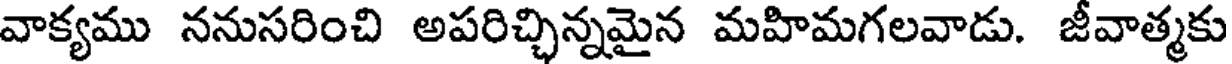
వాక్యము ననుసరించి అపరిచ్చిన్నమైన మహిమగలవాడు. జీవాత్మకు